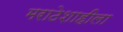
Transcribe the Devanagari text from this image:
मराठेशाहीला